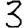
Digit: 3